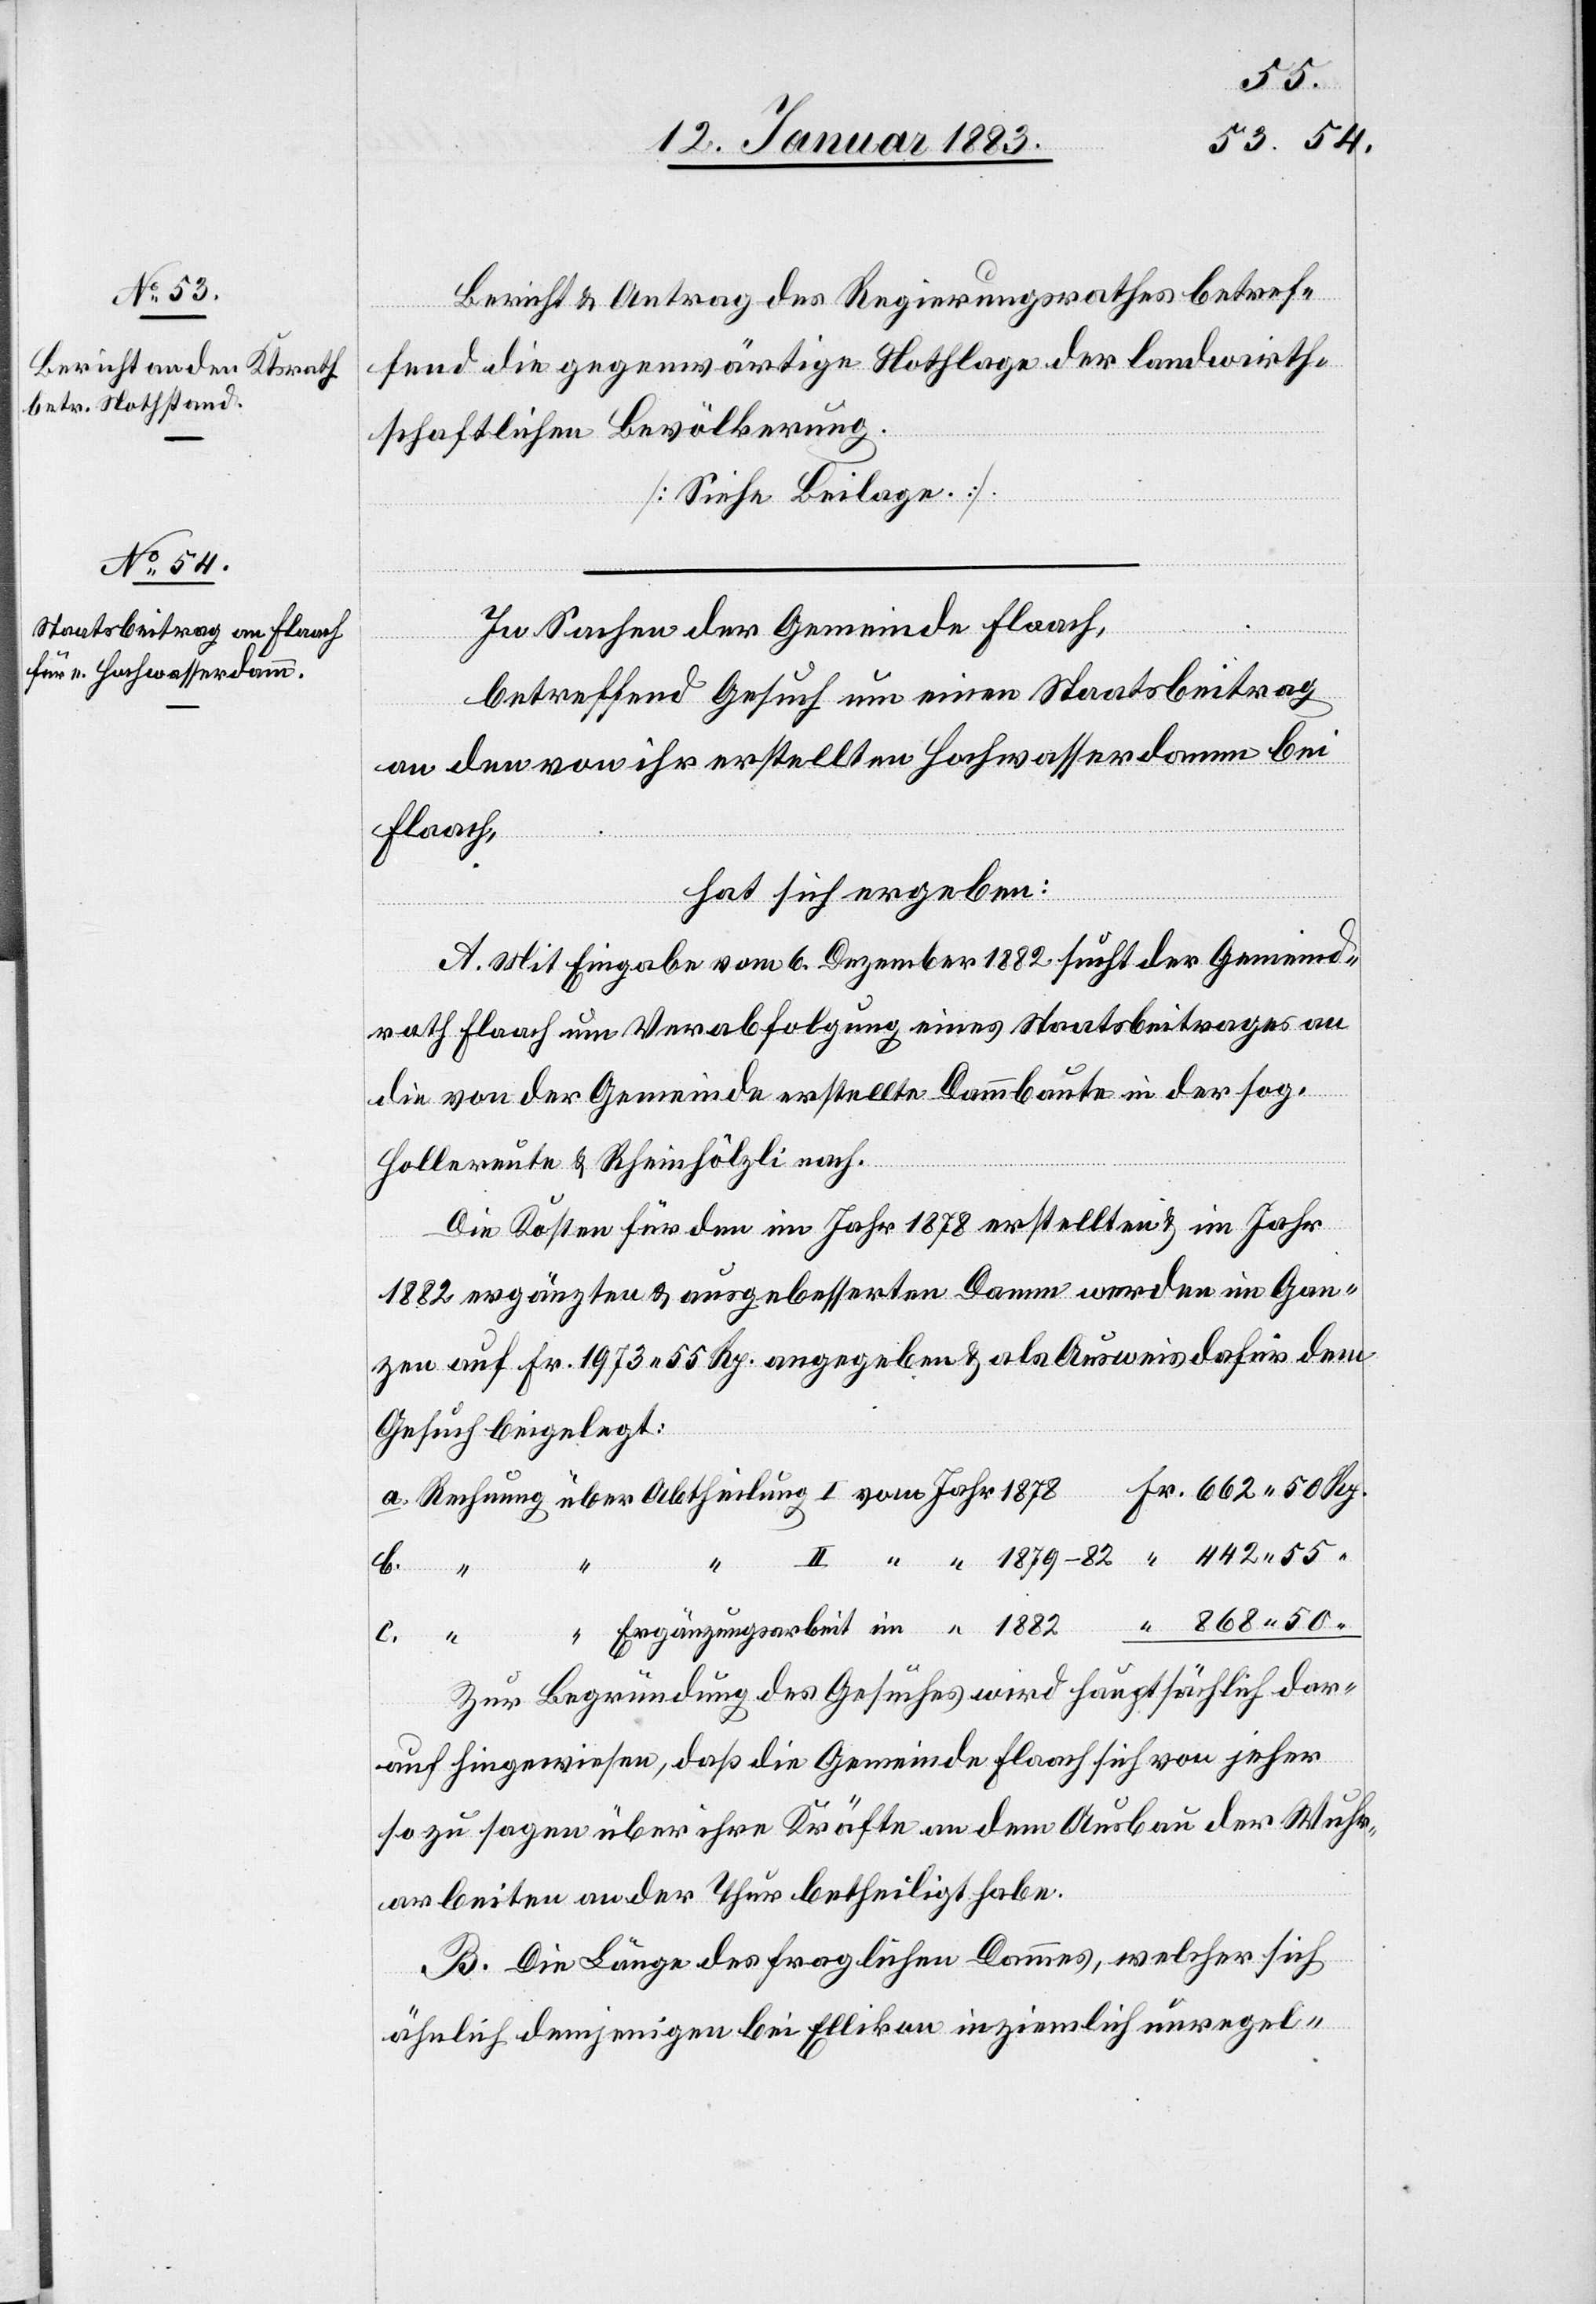
Bericht & Antrag des Regierungsrathes betref¬
fend die gegenwärtige Nothlage der landwirth¬
schaftlichen Bevölkerung.
“
[Siehe Beilage.]
In Sachen der Gemeinde Flaach,
betreffend Gesuch um einen Staatsbeitrag
an den von ihr erstellten Hochwasserdamm bei
Flaach,
hat sich ergeben:
A. Mit Eingabe vom 6. Dezember 1882 sucht der Gemeind¬
rath Flaach um Verabfolgung eines Staatsbeitrages an
die von der Gemeinde erstellte Dammbaute in der sog.
Hollereute & Rheinhölzli nach.
Die Kosten für den im Jahr 1878 erstellten & im Jahr
1882 ergänzten & ausgebesserten Damm werden im Gan¬
zen auf Fr. 1973 55 Rp. angegeben & als Ausweis dafür dem
Gesuch beigelegt:
c.
Ergänzungsarbeit
Zur Begründung des Gesuches wird hauptsächlich dar¬
auf hingewiesen, daß die Gemeinde Flaach sich von jeher
so zu sagen über ihre Kräfte an dem Ausbau der Wuhr¬
arbeiten an der Thur betheiligt habe.
B. Die Länge des fraglichen Dammes, welcher sich
ähnlich demjenigen bei Ellikon in ziemlich unregel-